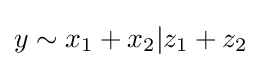
y\sim x_{1}+x_{2}|z_{1}+z_{2}